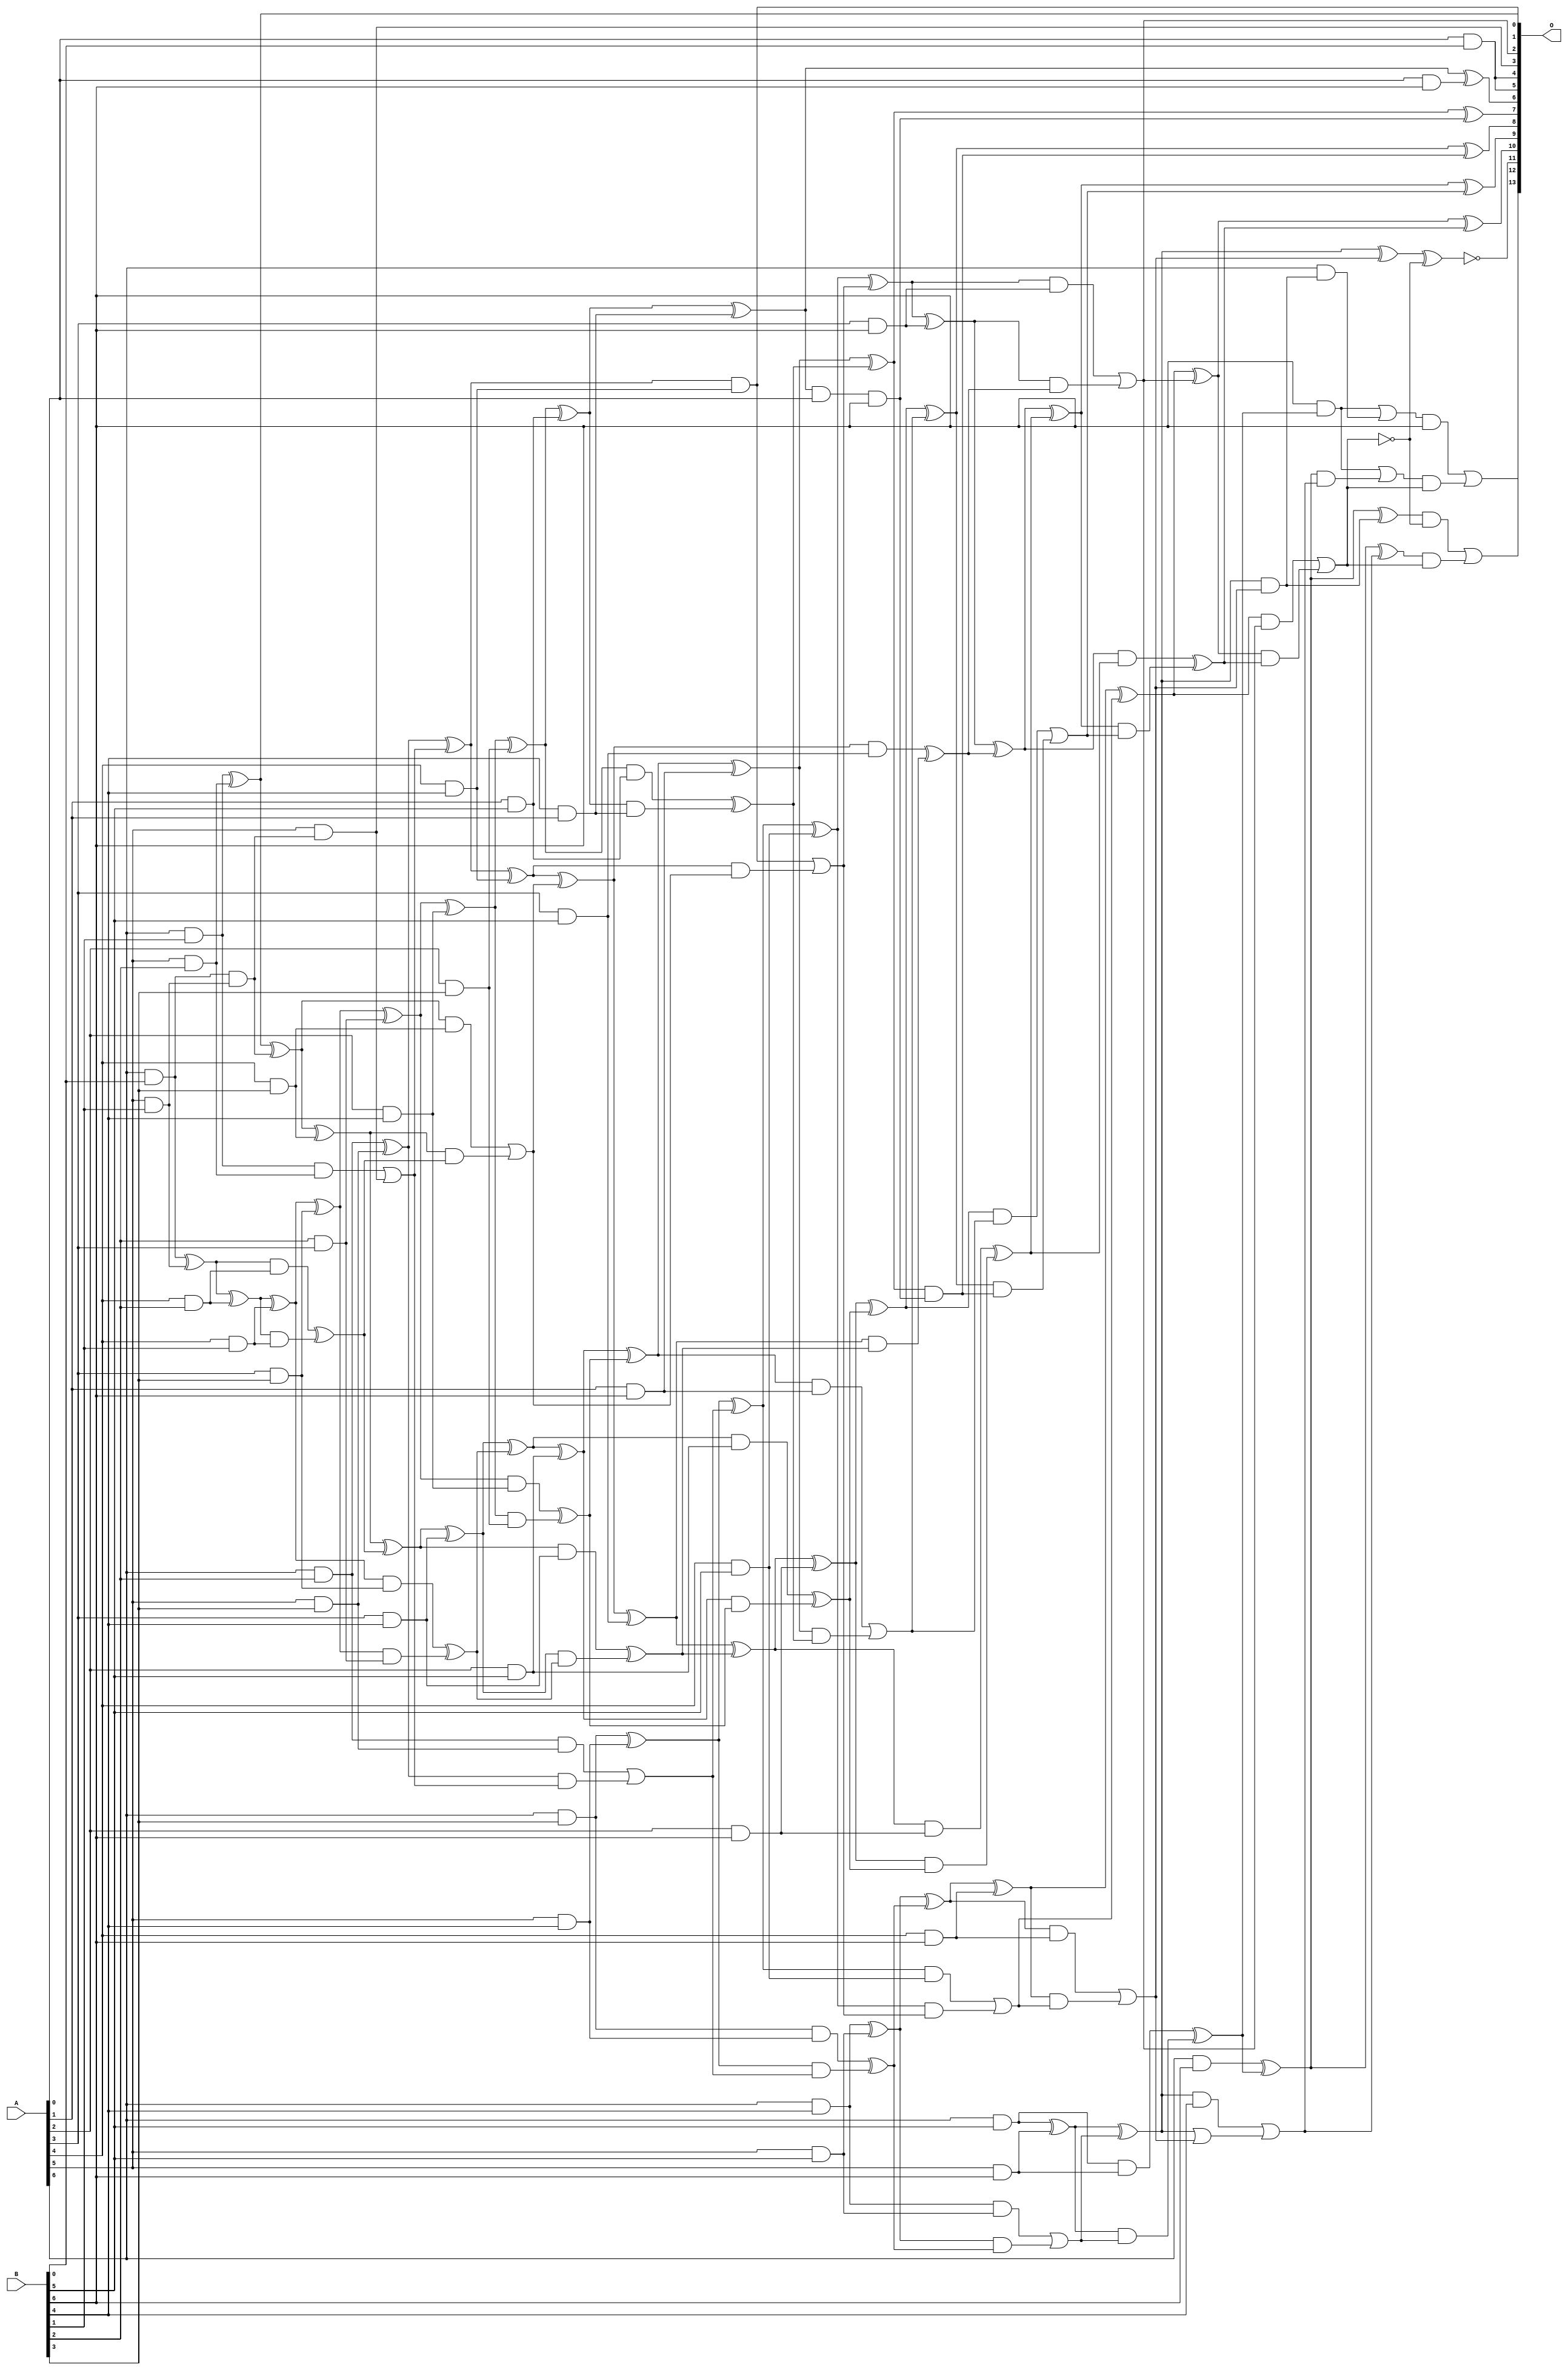
/***
* This code is a part of EvoApproxLib library (ehw.fit.vutbr.cz/approxlib) distributed under The MIT License.
* When used, please cite the following article(s): V. Mrazek, S. S. Sarwar, L. Sekanina, Z. Vasicek and K. Roy, "Design of power-efficient approximate multipliers for approximate artificial neural networks," 2016 IEEE/ACM International Conference on Computer-Aided Design (ICCAD), Austin, TX, 2016, pp. 1-7. doi: 10.1145/2966986.2967021 
* This file contains a circuit from a sub-set of pareto optimal circuits with respect to the pwr and mse parameters
***/
// MAE% = 0.14 %
// MAE = 23 
// WCE% = 0.48 %
// WCE = 78 
// WCRE% = 4700.00 %
// EP% = 94.74 %
// MRE% = 4.12 %
// MSE = 817 
// PDK45_PWR = 0.193 mW
// PDK45_AREA = 347.8 um2
// PDK45_DELAY = 1.20 ns


module mul7u_069(A, B, O);
  input [6:0] A, B;
  output [13:0] O;
  wire [6:0] A, B;
  wire [13:0] O;
  wire sig_20, sig_26, sig_27, sig_37, sig_38, sig_39;
  wire sig_44, sig_45, sig_46, sig_66, sig_67, sig_68;
  wire sig_69, sig_70, sig_71, sig_73, sig_75, sig_76;
  wire sig_80, sig_81, sig_82, sig_83, sig_98, sig_99;
  wire sig_100, sig_101, sig_102, sig_103, sig_104, sig_105;
  wire sig_106, sig_107, sig_108, sig_109, sig_110, sig_111;
  wire sig_112, sig_113, sig_116, sig_117, sig_118, sig_119;
  wire sig_120, sig_130, sig_131, sig_132, sig_133, sig_134;
  wire sig_135, sig_136, sig_137, sig_138, sig_139, sig_140;
  wire sig_141, sig_143, sig_144, sig_145, sig_146, sig_147;
  wire sig_148, sig_149, sig_150, sig_152, sig_153, sig_154;
  wire sig_155, sig_156, sig_157, sig_163, sig_164, sig_165;
  wire sig_166, sig_167, sig_168, sig_169, sig_170, sig_171;
  wire sig_172, sig_173, sig_174, sig_175, sig_176, sig_177;
  wire sig_178, sig_179, sig_180, sig_181, sig_182, sig_183;
  wire sig_184, sig_185, sig_186, sig_187, sig_188, sig_189;
  wire sig_190, sig_191, sig_192, sig_193, sig_194, sig_196;
  wire sig_199, sig_200, sig_201, sig_202, sig_203, sig_204;
  wire sig_205, sig_206, sig_207, sig_208, sig_209, sig_210;
  wire sig_211, sig_212, sig_213, sig_215, sig_216, sig_217;
  wire sig_218, sig_219, sig_220, sig_221, sig_222, sig_223;
  wire sig_224, sig_226, sig_227, sig_228, sig_229, sig_231;
  wire sig_232, sig_233, sig_234, sig_236, sig_237, sig_238;
  wire sig_239, sig_241, sig_242, sig_243, sig_244, sig_245;
  wire sig_246, sig_247, sig_248, sig_249, sig_250, sig_252;
  wire sig_253, sig_254, sig_255, sig_256, sig_257, sig_258;
  wire sig_262, sig_263, sig_264, sig_267, sig_268;
  assign sig_20 = A[6] & B[0];
  assign sig_26 = A[5] & B[1];
  assign sig_27 = A[6] & B[1];
  assign sig_37 = A[4] & B[1];
  assign sig_38 = sig_20 ^ sig_26;
  assign sig_39 = sig_20 & sig_26;
  assign sig_44 = A[4] & B[2];
  assign sig_45 = A[5] & B[2];
  assign sig_46 = A[6] & B[2];
  assign sig_66 = B[2] & A[3];
  assign sig_67 = sig_38 ^ sig_44;
  assign sig_68 = sig_38 & sig_44;
  assign sig_69 = sig_67 & sig_37;
  assign sig_70 = sig_67 ^ sig_37;
  assign sig_71 = sig_68 ^ sig_69;
  assign O[0] = sig_27 ^ sig_45;
  assign sig_73 = sig_27 & sig_45;
  assign O[3] = A[5] & sig_39;
  assign sig_75 = O[0] ^ sig_39;
  assign sig_76 = sig_73 | O[3];
  assign sig_80 = A[3] & B[3];
  assign sig_81 = A[4] & B[3];
  assign sig_82 = A[5] & B[3];
  assign sig_83 = A[6] & B[3];
  assign sig_98 = A[2] & B[3];
  assign sig_99 = sig_70 ^ sig_80;
  assign sig_100 = sig_70 & sig_80;
  assign sig_101 = sig_99 & sig_66;
  assign sig_102 = sig_99 ^ sig_66;
  assign sig_103 = sig_100 ^ sig_101;
  assign sig_104 = sig_75 ^ sig_81;
  assign sig_105 = sig_75 & sig_81;
  assign sig_106 = sig_104 & sig_71;
  assign sig_107 = sig_104 ^ sig_71;
  assign sig_108 = sig_105 | sig_106;
  assign sig_109 = sig_46 ^ sig_82;
  assign sig_110 = sig_46 & sig_82;
  assign sig_111 = sig_109 & sig_76;
  assign sig_112 = sig_109 ^ sig_76;
  assign sig_113 = sig_110 | sig_111;
  assign sig_116 = A[2] & B[4];
  assign sig_117 = A[3] & B[4];
  assign sig_118 = A[4] & B[4];
  assign sig_119 = A[5] & B[4];
  assign sig_120 = A[6] & B[4];
  assign sig_130 = B[4] & A[1];
  assign sig_131 = sig_102 ^ sig_116;
  assign sig_132 = sig_102 & sig_116;
  assign sig_133 = sig_131 & sig_98;
  assign sig_134 = sig_131 ^ sig_98;
  assign sig_135 = sig_132 ^ sig_133;
  assign sig_136 = sig_107 ^ sig_117;
  assign sig_137 = sig_107 & sig_117;
  assign sig_138 = sig_136 & sig_103;
  assign sig_139 = sig_136 ^ sig_103;
  assign sig_140 = sig_137 ^ sig_138;
  assign sig_141 = sig_112 ^ sig_118;
  assign O[1] = sig_112 & sig_118;
  assign sig_143 = sig_141 & sig_108;
  assign sig_144 = sig_141 ^ sig_108;
  assign sig_145 = O[1] | sig_143;
  assign sig_146 = sig_83 ^ sig_119;
  assign sig_147 = sig_83 & sig_119;
  assign sig_148 = sig_146 & sig_113;
  assign sig_149 = sig_146 ^ sig_113;
  assign sig_150 = sig_147 ^ sig_148;
  assign O[4] = A[0] & B[0];
  assign sig_152 = A[1] & B[5];
  assign sig_153 = A[2] & B[5];
  assign sig_154 = A[3] & B[5];
  assign sig_155 = A[4] & B[5];
  assign sig_156 = A[5] & B[5];
  assign sig_157 = A[6] & B[5];
  assign sig_163 = sig_134 ^ sig_152;
  assign sig_164 = sig_134 & sig_152;
  assign sig_165 = sig_163 & sig_130;
  assign sig_166 = sig_163 ^ sig_130;
  assign sig_167 = sig_164 ^ sig_165;
  assign sig_168 = sig_139 ^ sig_153;
  assign sig_169 = sig_139 & sig_153;
  assign sig_170 = sig_168 & sig_135;
  assign sig_171 = sig_168 ^ sig_135;
  assign sig_172 = sig_169 ^ sig_170;
  assign sig_173 = sig_144 ^ sig_154;
  assign sig_174 = sig_144 & sig_154;
  assign sig_175 = sig_173 & sig_140;
  assign sig_176 = sig_173 ^ sig_140;
  assign sig_177 = sig_174 ^ sig_175;
  assign sig_178 = sig_149 ^ sig_155;
  assign sig_179 = sig_149 & sig_155;
  assign sig_180 = sig_178 & sig_145;
  assign sig_181 = sig_178 ^ sig_145;
  assign sig_182 = sig_179 | sig_180;
  assign sig_183 = sig_120 ^ sig_156;
  assign sig_184 = sig_120 & sig_156;
  assign sig_185 = sig_183 & sig_150;
  assign sig_186 = sig_183 ^ sig_150;
  assign sig_187 = sig_184 | sig_185;
  assign sig_188 = A[0] & B[6];
  assign sig_189 = A[1] & B[6];
  assign sig_190 = A[2] & B[6];
  assign sig_191 = A[3] & B[6];
  assign sig_192 = A[4] & B[6];
  assign sig_193 = A[5] & B[6];
  assign sig_194 = A[6] & B[6];
  assign O[6] = sig_166 ^ sig_188;
  assign sig_196 = sig_166 & A[0];
  assign sig_199 = sig_196 & B[6];
  assign sig_200 = sig_171 ^ sig_189;
  assign sig_201 = sig_171 & sig_189;
  assign sig_202 = sig_200 & sig_167;
  assign sig_203 = sig_200 ^ sig_167;
  assign sig_204 = sig_201 | sig_202;
  assign sig_205 = sig_176 ^ sig_190;
  assign sig_206 = sig_176 & sig_190;
  assign sig_207 = sig_205 & sig_172;
  assign sig_208 = sig_205 ^ sig_172;
  assign sig_209 = sig_206 ^ sig_207;
  assign sig_210 = sig_181 ^ sig_191;
  assign sig_211 = sig_181 & sig_191;
  assign sig_212 = sig_210 & sig_177;
  assign sig_213 = sig_210 ^ sig_177;
  assign O[2] = sig_211 | sig_212;
  assign sig_215 = sig_186 ^ sig_192;
  assign sig_216 = sig_186 & sig_192;
  assign sig_217 = sig_215 & sig_182;
  assign sig_218 = sig_215 ^ sig_182;
  assign sig_219 = sig_216 | sig_217;
  assign sig_220 = sig_157 ^ sig_193;
  assign sig_221 = sig_157 & sig_193;
  assign sig_222 = sig_220 & sig_187;
  assign sig_223 = sig_220 ^ sig_187;
  assign sig_224 = sig_221 ^ sig_222;
  assign O[7] = sig_203 ^ sig_199;
  assign sig_226 = sig_203 & sig_199;
  assign sig_227 = sig_208 ^ sig_204;
  assign sig_228 = sig_208 & sig_204;
  assign sig_229 = sig_227 & sig_226;
  assign O[8] = sig_227 ^ sig_226;
  assign sig_231 = sig_228 | sig_229;
  assign sig_232 = sig_213 ^ sig_209;
  assign sig_233 = sig_213 & sig_209;
  assign sig_234 = sig_232 & sig_231;
  assign O[9] = sig_232 ^ sig_231;
  assign sig_236 = sig_233 ^ sig_234;
  assign sig_237 = sig_218 ^ O[2];
  assign sig_238 = sig_218 & O[2];
  assign sig_239 = sig_237 & sig_236;
  assign O[10] = sig_237 ^ sig_236;
  assign sig_241 = sig_238 | sig_239;
  assign sig_242 = sig_223 ^ sig_219;
  assign sig_243 = sig_223 & sig_219;
  assign sig_244 = sig_194 ^ sig_224;
  assign sig_245 = B[6] & sig_224;
  assign sig_246 = A[6] & sig_243;
  assign sig_247 = sig_244 ^ sig_243;
  assign sig_248 = sig_245 | sig_246;
  assign sig_249 = sig_223 | sig_219;
  assign sig_250 = sig_223 & B[4];
  assign sig_252 = sig_250 | sig_249;
  assign sig_253 = sig_194 ^ sig_224;
  assign sig_254 = B[6] & sig_224;
  assign sig_255 = sig_253 & sig_252;
  assign sig_256 = sig_253 ^ sig_252;
  assign sig_257 = sig_254 | sig_255;
  assign sig_258 = !sig_241;
  assign O[11] = !(sig_242 ^ sig_258);
  assign sig_262 = !sig_241;
  assign sig_263 = sig_247 & sig_262;
  assign sig_264 = sig_256 & sig_241;
  assign O[12] = sig_263 | sig_264;
  assign sig_267 = sig_248 & B[6];
  assign sig_268 = sig_257 & sig_241;
  assign O[13] = sig_267 | sig_268;
  assign O[5] = O[4];
endmodule